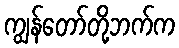
ကျွန်တော်တို့ဘက်က